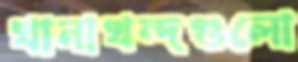
খানাখন্দগুলো